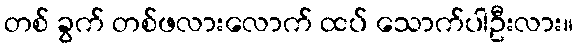
တစ် ခွက် တစ်ဖလားလောက် ထပ် သောက်ပါဦးလား။